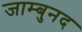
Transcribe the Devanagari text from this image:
जाम्बुनद